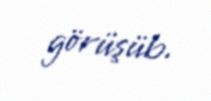
görüşüb.